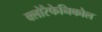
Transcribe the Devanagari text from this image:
क्लोरैफेनिकोल